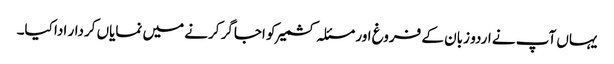
یہاں آپ نے اردو زبان کے فروغ اور مسئلہ کشمیر کو اجاگر کرنے میں نمایاں کردار ادا کیا۔